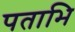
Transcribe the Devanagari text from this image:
पताभि